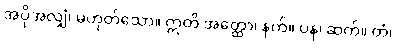
အပိုအလျှံ၊ မဟုတ်သော။ ဣတိ အတ္ထော၊ နက်။ ပန၊ ဆက်။ တံ၊